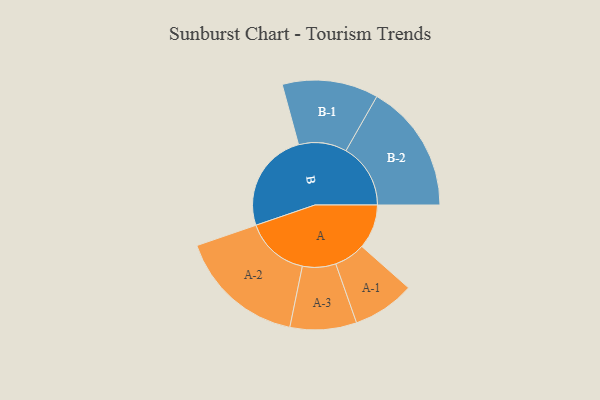
{"axis": {"x": "Segment", "y": "Value"}, "legend": ["", "A", "B"], "data": [{"x": "A", "y": 183, "type": ""}, {"x": "B", "y": 413, "type": ""}, {"x": "A-1", "y": 128, "type": "A"}, {"x": "A-2", "y": 262, "type": "A"}, {"x": "A-3", "y": 137, "type": "A"}, {"x": "B-1", "y": 198, "type": "B"}, {"x": "B-2", "y": 266, "type": "B"}]}